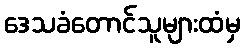
ဒေသခံတောင်သူများထံမှ